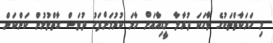
މި ހަރަކާތްތަކުގެ ވާހަކަ ދުރާލާ މީޑިއާއަށް ހާމަ ކުރުމަށްފަހު ދުވަސް ގާތްވުމުން ކަންކަން